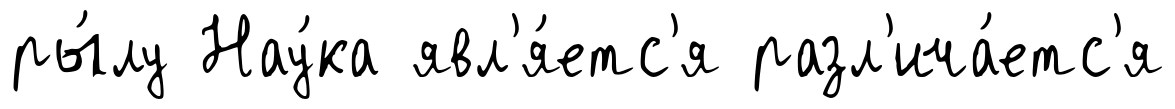
ры́лу Нау́ка явл'я́етс'я разл'ича́етс'я